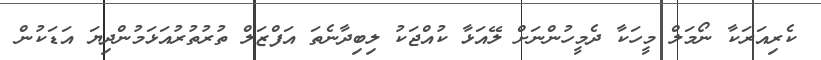
ކެރިއަރަކާ ނޯމަލް މީހަކާ ދެމީހުންނަށް ލޭއަޅާ ކުއްޖަކު ލިބިދާނެތަ އަފްޒަލް ތުރުތުރުއަޅަމުންދިޔަ އަޑަކުން